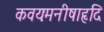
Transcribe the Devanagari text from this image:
कवयःमनीषाहृदि